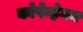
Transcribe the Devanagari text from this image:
कोपेन्हेगन